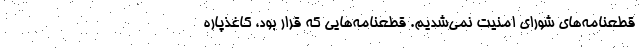
قطعنامه‌های شورای امنیت نمی‌شدیم. قطعنامه‌هایی که قرار بود، کاغذپاره